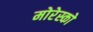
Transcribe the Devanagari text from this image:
मोरेस्को